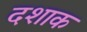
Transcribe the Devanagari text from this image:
दशाक